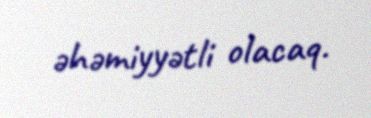
əhəmiyyətli olacaq.